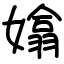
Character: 嬆